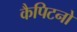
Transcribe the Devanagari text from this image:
कैपिटनो